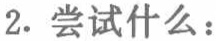
2. 尝试什么：